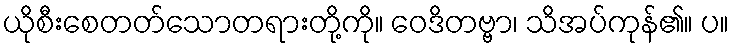
ယိုစီးစေတတ်သောတရားတို့ကို။ ဝေဒိတဗ္ဗာ၊ သိအပ်ကုန်၏။ ပ။